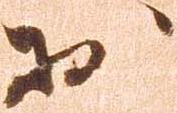
於